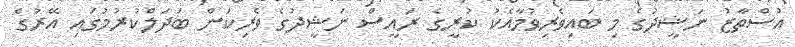
އުސްތާޒު ނަޝީދުގެ މި ބައިވެރިވުމާއެކު ކުރީގެ ރައީސް ނަޝީދުގެ ވެރިކަން ބަދަލްކުރުމުގައި އޭރުގެ